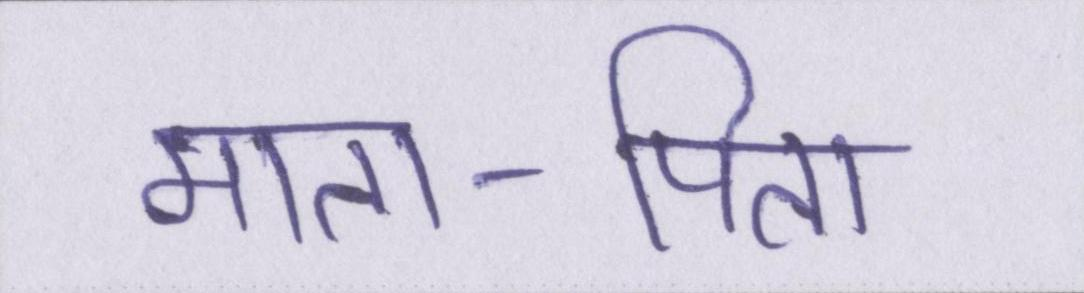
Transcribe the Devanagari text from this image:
माता-पिता